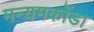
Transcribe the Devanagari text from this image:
मन्यमकोंडा